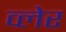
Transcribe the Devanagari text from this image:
व्‍लेर